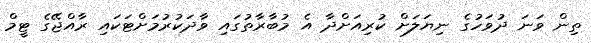
ތިން ވަނަ ދުވަހުގެ ނިޔަލަށް ކުރިއަށްދާ އެ މުބާރާތުގައި ވާދަކުރުމަށްޓަކައި ރާއްޖޭގެ ޓީމް